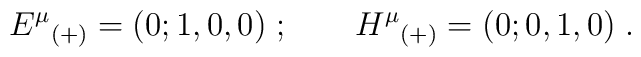
{E^\mu}_{(+)} =(0; 1, 0, 0) \; ; \qquad {H^\mu}_{(+)} = (0; 0,1,0) \; .